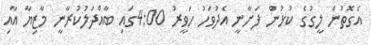
އެގޮތުން ލީގުގެ ކުޅުން ފަށާނީ އެދުވަހު ހަވީރު 4:00ގައި ބާއްދަލުކުރާނީ މާޒިޔާ އާއި